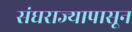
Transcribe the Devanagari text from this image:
संघराज्यापासून